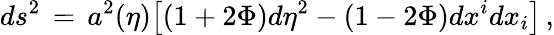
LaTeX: ds^{2}\, =\, a^{2}(\eta)\bigl[(1+2\Phi)d\eta^{2}-(1-2\Phi)dx^{i}dx_{i}\bigr]\, ,